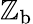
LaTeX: \mathbb{Z}_{\mathrm{{{b}}}}